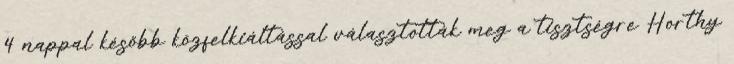
4 nappal később közfelkiáltással választották meg a tisztségre Horthy